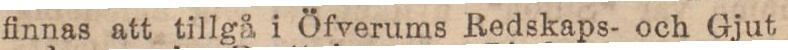
finnas att tillgå i Öfverums Redskaps- och Gjut